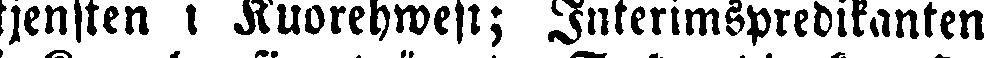
tjensten i Kuorehwesi; Interimspredikanten